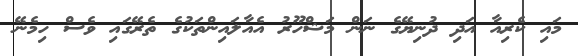
މައި ކެރިއާ އަދި ދުނިޔޭގެ ނަން މަޝްހޫރު އެއާލައިންތަކުގެ ތެރޭގައި ވެސް ހިމެނޭ